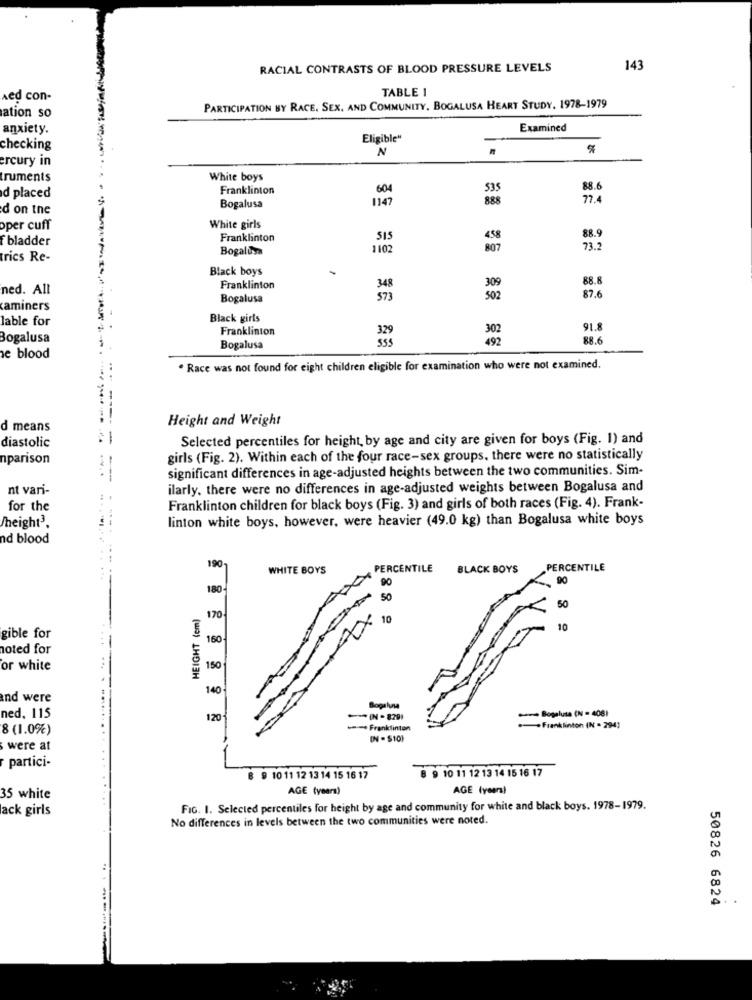
RACIAL CONTRASTS OF BLOOD PRESSURE LEVELS
143
TABLE 1
Aed con-
PARTICIPATION BY RACE. SEX, AND COMMUNITY, BOGALUSA HEART STUDY, 1978-1979
ation so
anxiety.
Examined
Eligible"
checking
N
ercury in
truments
White boys
Franklinton
604
535
88.6
d placed
1147
888
77.
d on the
Bogalusa
oper cuff
White girls
f bladder
Franklinton
515
458
88.9
Bogalusa
1102
807
73.2
trics Re-
Black boys
88.8
ned. All
Franklinton
348
309
Bogalusa
$73
502
87.6
caminers
lable for
Black girls
. .
Franklinton
329
302
91.8
Bogalusa
492
88.6
Bogalusa
e blood
. Race was not found for eight children eligible for examination who were not examined.
Height and Weight
d means
Selected percentiles for height, by age and city are given for boys (Fig. 1) and
diastolic
nparison
girls (Fig. 2). Within each of the four race-sex groups, there were no statistically
significant differences in age-adjusted heights between the two communities. Sim-
--------
nt vari-
ilarly, there were no differences in age-adjusted weights between Bogalusa and
for the
Franklinton children for black boys (Fig. 3) and girls of both races (Fig. 4). Frank-
linton white boys, however, were heavier (49.0 kg) than Bogalusa white boys
/height3.
nd blood
..---
190
WHITE BOYS
PERCENTILE
BLACK BOYS
PERCENTILE
90
180
90
50
HEIGHT (em)
50
170
10
10
gible for
160
noted for
or white
150
140
nd were
- Bogalusa (N = 408)
ned, 115
120
IN -829)
8 (1.0%)
-- + Franklinton
Franklinton (N = 294)
IN - $10)
were at
partici-
8 9 10 11 12 13 14 15 16 17
8 9 10 11 12 13 14 15 16 17
AGE (years)
AGE (years)
35 white
ack girls
FIG. I. Selected percentiles for height by age and community for white and black boys. 1978-1979.
No differences in levels between the two communities were noted.
50826 6824
------